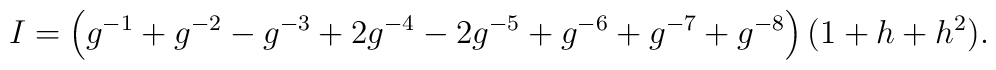
I =  \left( g^{-1} + g^{-2} -  g^{-3} + 2 g^{-4} -2 g^{-5} +g^{-6}+  g^{-7} +  g^{-8} \right) (1+h+h^2).